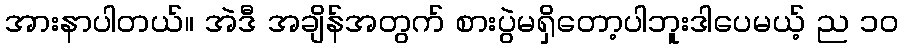
အားနာပါတယ်။ အဲဒီ အချိန်အတွက် စားပွဲမရှိတော့ပါဘူးဒါပေမယ့် ည ၁၀